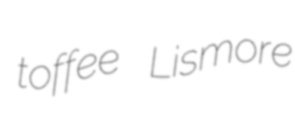
toffee Lismore